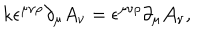
\mathrm { k } \epsilon ^ { \mu \nu \rho } \partial _ { \mu } A _ { \nu } = \epsilon ^ { \mu \nu \rho } \partial _ { \mu } \mathcal { A } _ { \nu } ,